Vaccination in Bombay 1869-1873 - 1869-1873
Year: 1869
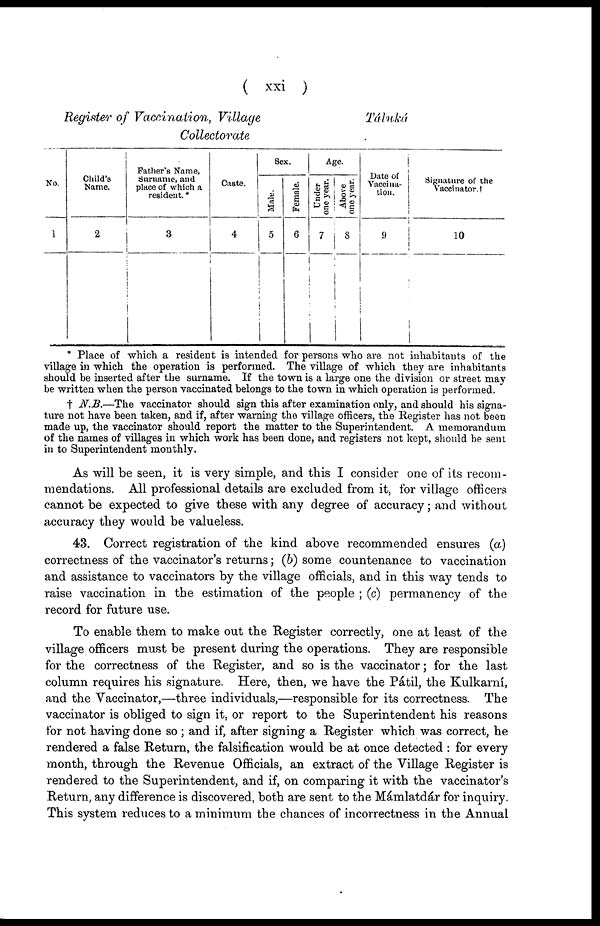
( xxi )
Register of Vaccination, Village
Táluká
Collectorate
No.
1
Child's
Name.
2
Father's Name,
Surname, and
place of which a
resident. *
3
Caste.
4
Sex.
Male.
5
Female.
6
Age.
Under
one year.
7
Above
one year.
8
Date of
Vaccina-
tion.
9
Signature of the
Vaccinator. †
10
* Place of which a resident is intended for persons who are not inhabitants of the
village in which the operation is performed. The village of which they are inhabitants
should be inserted after the surname. If the town is a large one the division or street may
be written when the person vaccinated belongs to the town in which operation is performed.
† N.B.—The vaccinator should sign this after examination only, and should his signa-
ture not have been taken, and if, after warning the village officers, the Register has not been
made up, the vaccinator should report the matter to the Superintendent. A memorandum
of the names of villages in which work has been done, and registers not kept, should be sent
in to Superintendent monthly.
As will be seen, it is very simple, and this I consider one of its recom-
mendations. All professional details are excluded from it, for village officers
cannot be expected to give these with any degree of accuracy; and without
accuracy they would be valueless.
43. Correct registration of the kind above recommended ensures (a)
correctness of the vaccinator's returns; (b) some countenance to vaccination
and assistance to vaccinators by the village officials, and in this way tends to
raise vaccination in the estimation of the people ; (c) permanency of the
record for future use.
To enable them to make out the Register correctly, one at least of the
village officers must be present during the operations. They are responsible
for the correctness of the Register, and so is the vaccinator; for the last
column requires his signature. Here, then, we have the Pátil, the Kulkarní,
and the Vaccinator,—three individuals,—responsible for its correctness. The
vaccinator is obliged to sign it, or report to the Superintendent his reasons
for not having done so ; and if, after signing a Register which was correct, he
rendered a false Return, the falsification would be at once detected : for every
month, through the Revenue Officials, an extract of the Village Register is
rendered to the Superintendent, and if, on comparing it with the vaccinator's
Return, any difference is discovered, both are sent to the Mámlatdár for inquiry.
This system reduces to a minimum the chances of incorrectness in the Annual